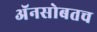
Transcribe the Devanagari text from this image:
अॅनसोबतच